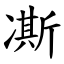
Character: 凘